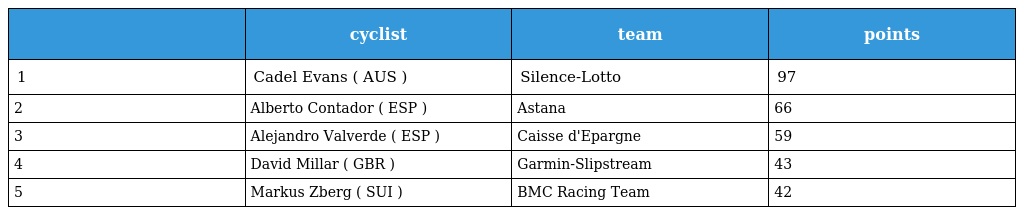
|  | cyclist | team | points |
 | --- | --- | --- | --- |
 | 1 | Cadel Evans ( AUS ) | Silence-Lotto | 97 |
 | 2 | Alberto Contador ( ESP ) | Astana | 66 |
 | 3 | Alejandro Valverde ( ESP ) | Caisse d'Epargne | 59 |
 | 4 | David Millar ( GBR ) | Garmin-Slipstream | 43 |
 | 5 | Markus Zberg ( SUI ) | BMC Racing Team | 42 |